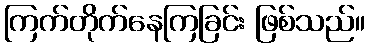
ကြက်တိုက်နေကြခြင်း ဖြစ်သည်။